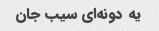
یه دونه‌ای سیب جان